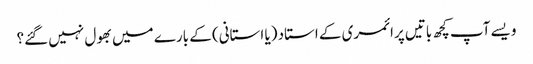
ویسے آپ کچھ باتیں پرائمری کے استاد (یا استانی) کے بارے میں بھول نہیں گئے؟